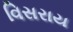
વિસરાય